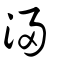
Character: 𣹰